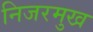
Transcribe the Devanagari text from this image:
निजरमुख